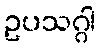
ဥပသဂ္ဂါ